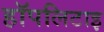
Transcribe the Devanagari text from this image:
हॉपलिटाइ